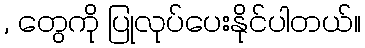
, တွေကို ပြုလုပ်ပေးနိုင်ပါတယ်။